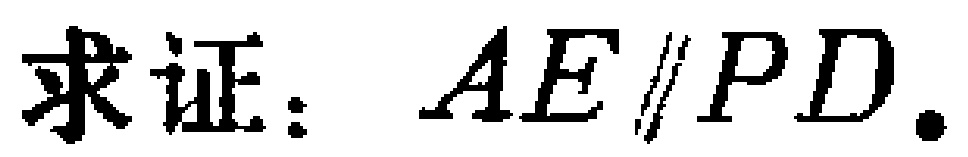
求证：$AE\parallel PD$.